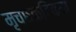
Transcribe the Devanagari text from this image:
मृच्छकटिकम्‌